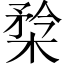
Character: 㮗